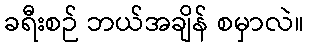
ခရီးစဉ် ဘယ်အချိန် စမှာလဲ။